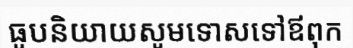
ធូបនិយាយសូមទោសទៅឪពុក